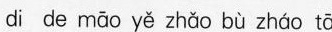
di de māo yě zhǎo bù zháo tā